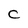
Character: C